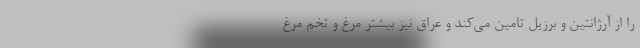
را از آرژانتین و برزیل تامین می‌کند و عراق نیز بیشتر مرغ و تخم مرغ